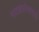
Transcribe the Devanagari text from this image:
नाट्यसंस्थांमध्ये